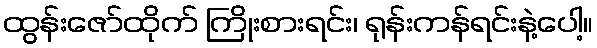
ထွန်းဇော်ထိုက် ကြိုးစားရင်း၊ ရုန်းကန်ရင်းနဲ့ပေါ့။